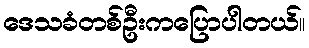
ဒေသခံတစ်ဦးကပြောပါတယ်။